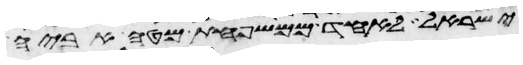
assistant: ישראל לאחד ממשפחת מטה אביה